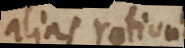
alias rationes